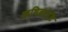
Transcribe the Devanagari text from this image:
ऋषिकोटि